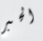
الحبر